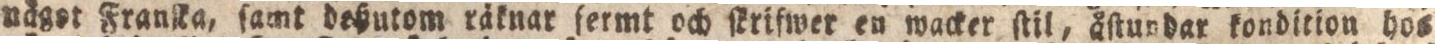
näget Franſka, ſamt deßutom räknar fermt och ſkrifwer eu wacker ſtil, åſtundar kondition hos